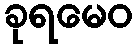
ခုရမေဝ